Assam Mental Hospital (Tezpur, India) - 1933-1948
Year: 1933
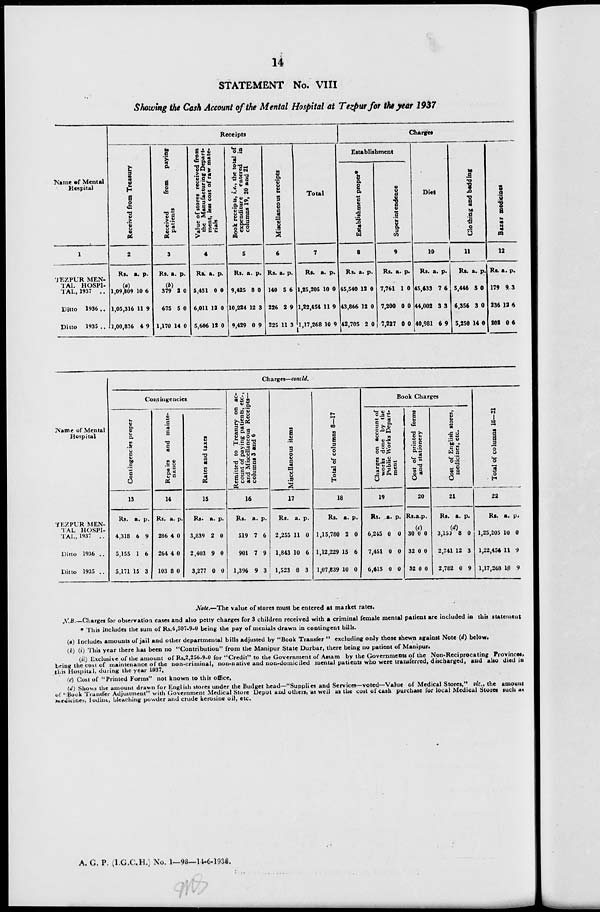
14
STATEMENT No. VIII
Showing the Cash Account of the Mental Hospital at Tezpur for the year 1937
Name of Mental
Hospital
1
TEZPUR MEN-
TAL HOSPI-
TAL, 1937 ..
Ditto 1936 ..
Ditto 1935 ..
Receipts
Received from Treasury
2
Rs.
(a)
1,09,809
1,05,316
1,00,836
a.
10
11
4
p.
6
9
9
Received
from
paying
patients
3
Rs.
(b)
397
675
1,170
a.
2
5
14
p.
0
0
0
Value of stores received from
the Manufacturing Depart-
ment, less cost of raw mate-
rials
4
Rs.
5,451
6,011
5,606
a.
0
12
12
p.
0
0
0
Book receipts, i.e., the total of
expenditure entered
is
columns 19, 20 and 21
5
Rs.
9,425
10,224
9,429
a.
8
12
0
p.
0
3
9
Miscellaneous receipts
6
Rs.
140
226
225
a.
5
2
11
p.
6
9
3
Total
7
Rs.
1,25,205
1,22,454
1,17,268
a.
10
11
10
p.
0
9
9
Charges
Establishment
Establishment proper*
8
Rs.
45,540
43,866
42,705
a.
12
12
2
p.
0
0
0
Superintendence
9
Rs.
7,761
7,200
7,227
a.
1
0
0
p.
0
0
0
Diet
10
Rs.
45,633
44,002
40,981
a.
7
3
6
p.
6
3
9
Clothing and bedding
11
Rs.
5,446
6,356
5,250
a.
5
3
14
p.
0
0
0
Bazar medicines
12
Rs.
179
236
202
a.
9
12
0
p.
3
6
6
Name of Mental
Hospital
TEZPUR MEN-
TAL HOSPI-
TAL, 1937 ..
Ditto 1936 ..
Ditto 1935 ..
Charges—concld.
Contingencies
Contingencies proper
13
Rs.
4,318
5,155
5,171
a.
6
1
15
p.
9
6
3
Repairs and mainte-
nance
14
Rs.
286
264
103
a.
4
4
8
p.
0
0
0
Rates and taxes
15
Rs.
3,839
2,403
3,277
a.
2
9
0
p.
0
0
0
Remitted to Treasury on ac-
count of paying patients, etc.,
and Miscellaneous Receipts—
columns 3 and 6
16
Rs.
519
901
1,396
a.
7
7
9
p.
6
9
3
Miscellaneous items
17
Rs.
2,255
1,843
1,523
a.
11
10
8
p.
0
6
3
Total of columns 8—17
18
Rs.
1,15,780
1,12,229
1,07,839
a.
2
15
10
p.
0
6
0
Book Charges
Charges on account of
works done by the
Public Works Depart-
ment
19
Rs.
6,245
7,451
6,615
a.
0
0
0
p.
0
0
0
Cost of printed forms
and stationery
20
Rs.
30
32
32
a.
(c)
0
0
0
p.
0
0
0
Cost of English stores,
medicines, etc.
21
Rs.
3,150
2,741
2,782
a.
(d)
8
12
0
p.
0
3
9
Total of columns 18—21
22
Rs.
1,25,205
1,22,454
1,17,268
a.
10
11
10
p.
0
9
9
Note.—The value of stores must be entered at market rates.
N.B.—Charges for observation cases and also petty charges for 3 children received with a criminal female mental patient are included in this statement
* This includes the sum of Rs.4,507-9-0 being the pay of menials drawn in contingent bills.
(a) Includes amounts of jail and other departmental bills adjusted by "Book Transfer " excluding only those shewn against Note (d) below.
(b) (i) This year there has been no "Contribution" from the Manipur State Durbar, there being no patient of Manipur.
(ii) Exclusive of the amount of Rs.2,256-9-0 for "Credit" to the Government of Assam by the Governments of the Non-Reciprocating Provinces,
bring the cost of maintenance of the non-criminal, non-native and non-domiciled mental patients who were transferred, discharged, and also died in
this Hospital, during the year 1937.
(c) Cost of "Printed Forms" not known to this office.
(d) Shows the amount drawn for English stores under the Budget head—"Supplies and Services—voted—Value of Medical Stores," viz., the amount
of "Book Transfer Adjustment" with Government Medical Store Depôt and others, as well as the cost of cash purchase for local Medical Stores such as
medicines, Iodine, bleaching powder and crude kerosine oil, etc.
A. G. P. (I.G.C.H.) No. 1—98—14-6-1938.